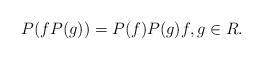
\begin{align*}P(f P(g)) = P(f)P(g) f,g \in R.\end{align*}